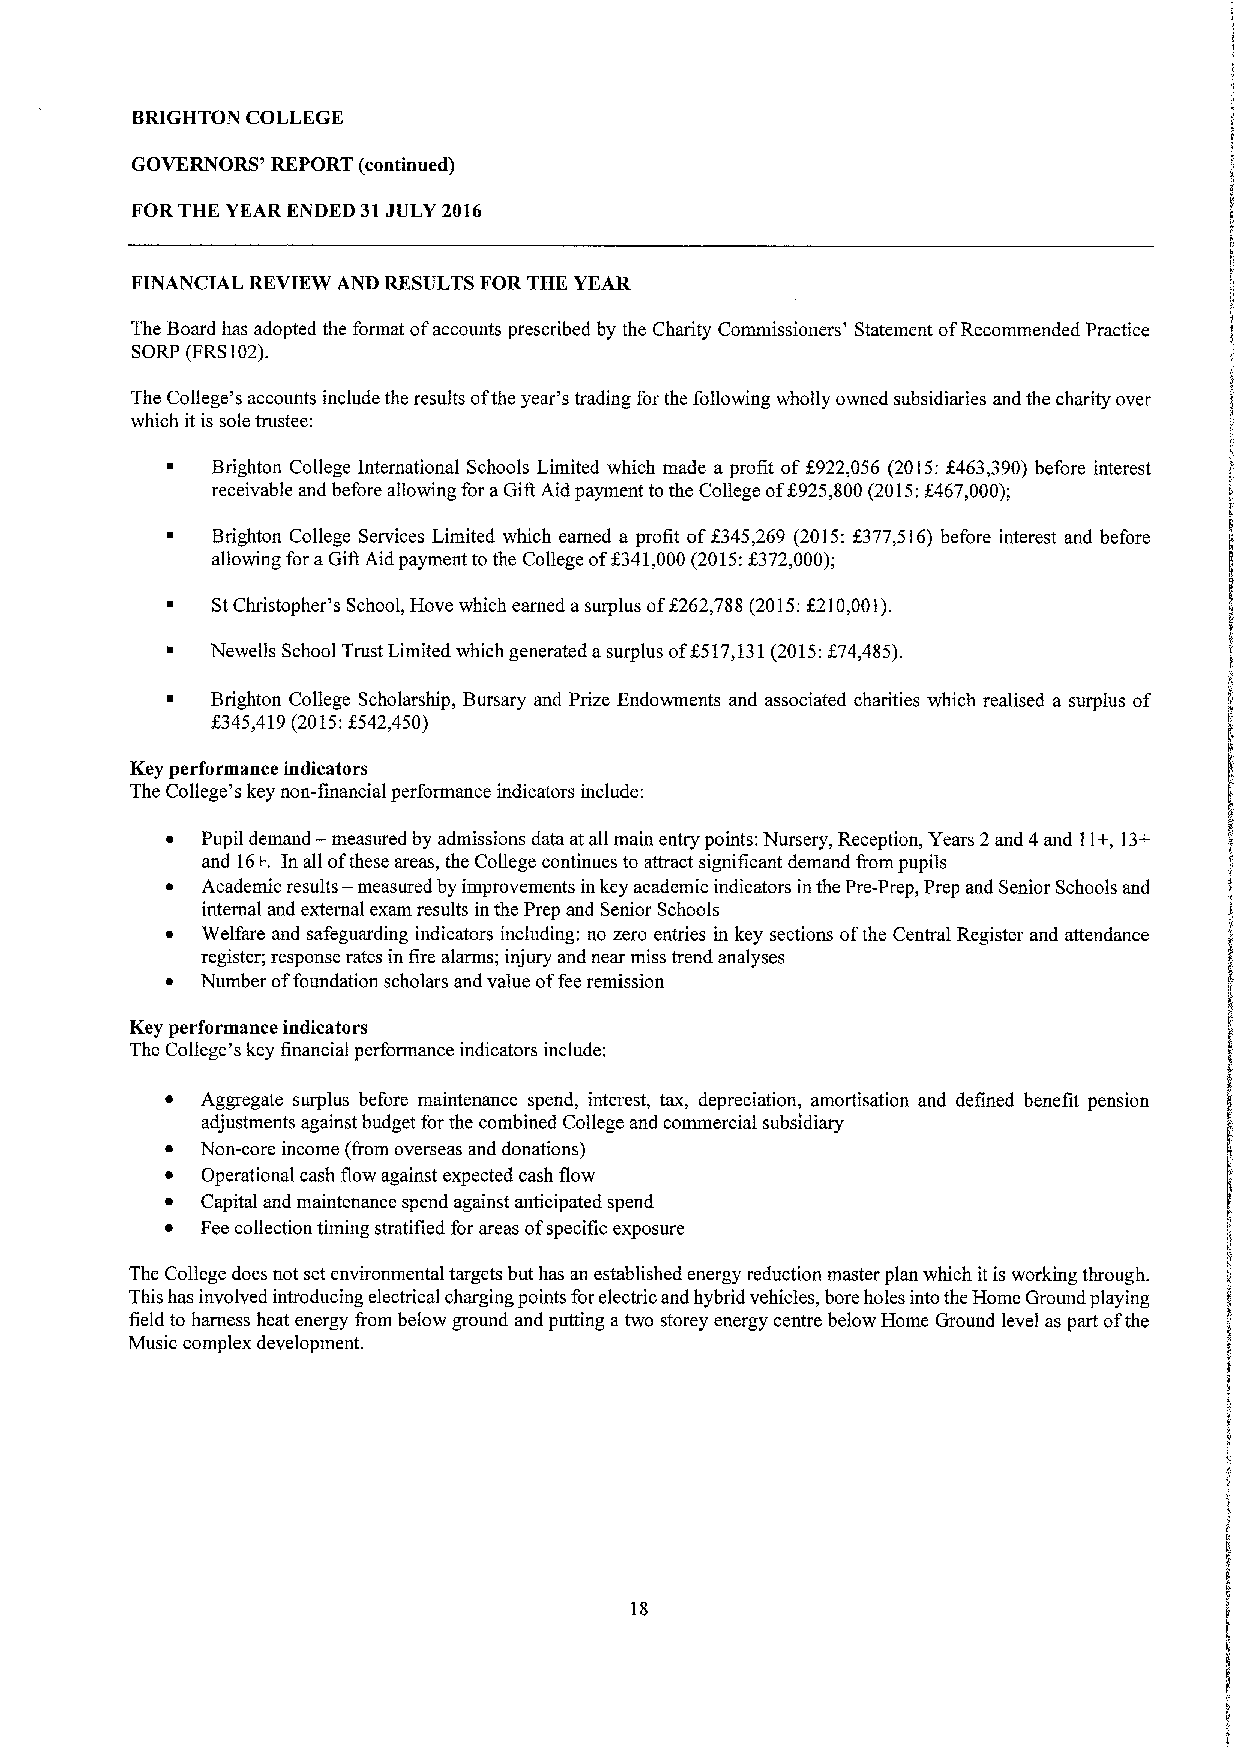
BRIGHTON COLLEGE
 GOVERNORS' REPORT (continued)
 FORTHE YEAR ENDED 31JULY 2016
 FINANCIAL REVIEW AND RESULTS FOR THE YEAR
 The Board has adopted the format ofaccounts prescribed by the Charity Commissioners' Statement ofRecommended Practice
 SORP (FRS102).
 The College's accounts include the results ofthe year's trading for the following wholly owned subsidiaries and the charity over
 which it is sole trustee:
 Brighton College International Schools Limited which made a profit off922,056 (2015:X463,390)before interest
 receivable and before allowing for aGifl Aid payment tothe College of$925,800(2015,' $467,000);
 ~  Brighton College Services Limited which earned a profit off345,269 (2015:f377,516)before interest and before
 allowing for aGift Aid payment to the College of$341,000(2015:f372,000);
 StChristopher's School, Hove which earned asurplus ofZ262,788 (2015:6210,001).
 Newells School Trust Limited which generated asurplus off517,131(2015:574,485).
 ~  Brighton College Scholarship, Bursary and Prize Endowments and associated charities which realised a surplus of
 X345,419(2015:5542,450)
 Key performance indicators
 The College's key non-financial performance indicators include:
 ~ Pupil demand — measured by admissions data at all main entry points: Nursery, Reception, Years 2and 4and 11+,13+
 and 16+, In all ofthese areas, the College continues to attract significant demand &om pupils
 —
 ~ Academic results measured by improvements in key academic indicators in the Pre-Prep, Prep and Senior Schools and
 internal and external exam results in the Prep and Senior Schools
 ~ Welfare and safeguarding indicators including: no zero entries in key sections ofthe Central Register and attendance
 register; response rates in fire alarms; injury and near miss trend analyses
 ~ Number offoundation scholars and value offee remission
 Key performance indicators
 The College's key financial performance indicators include:
 ~ Aggregate surplus before maintenance spend, interest, tax, depreciation, amortisation and defined benefit pension
 adjustments against budget for the combined College and commercial subsidiary
 ~ Non-core income (trom overseas and donations)
 ~ Operational cash flow against expected cash flow
 ~ Capital and maintenance spend against anticipated spend
 ~ Fee collection timing stratified for areas ofspecific exposure
 The College does not set environmental targets but has an established energy reduction master plan which itis working through.
 This has involved introducing electrical charging points forelectric and hybrid vehicles, bore holes into the Home Ground playing
 field to harness heat energy fiom below ground and putting atwo storey energy centre below Home Ground level as part ofthe
 Music complex development.
 18